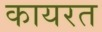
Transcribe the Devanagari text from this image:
कायरत